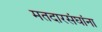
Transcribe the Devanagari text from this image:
मतदारसंघांना